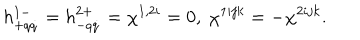
h _ { + q \dot { q } } ^ { 1 - } = h _ { - q \dot { q } } ^ { 2 + } = \chi ^ { 1 , 2 i } = 0 , \ \chi ^ { 1 i j k } = - \chi ^ { 2 i j k } .